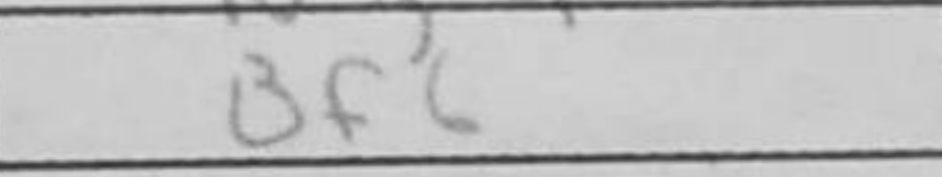
Transcription: Bf6